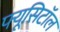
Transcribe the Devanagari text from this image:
फ्यूसिटॉल